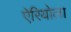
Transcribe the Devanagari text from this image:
ऐरियोला